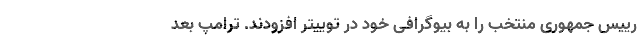
رییس جمهوری منتخب را به بیوگرافی خود در توییتر افزودند. ترامپ بعد